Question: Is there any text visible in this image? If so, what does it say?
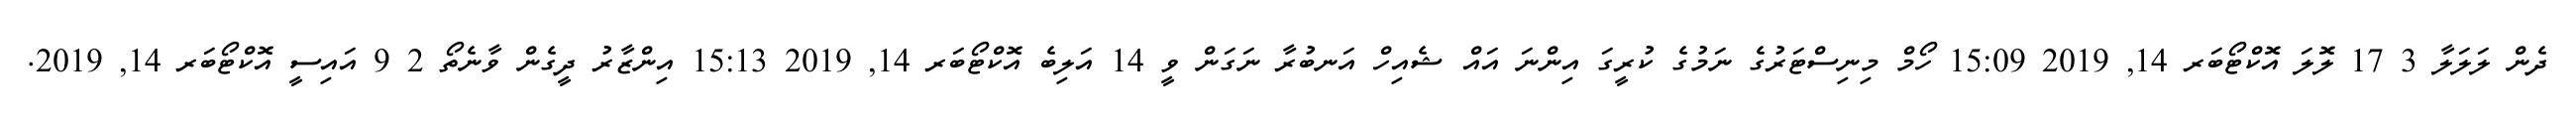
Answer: ދެން ލަލަލާ 3 17 ލޮލަ އޮކްޓޯބަރ 14, 2019 15:09 ހޯމް މިނިސްޓަރުގެ ނަމުގެ ކުރީގަ އިންނަ އައް ޝެއިހް އަނބުރާ ނަގަން ވީ 14 އަލިބެ އޮކްޓޯބަރ 14, 2019 15:13 އިންޒާރު ދީގެން ވާނެތޯ 2 9 އައިސީ އޮކްޓޯބަރ 14, 2019.